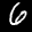
Label: 6